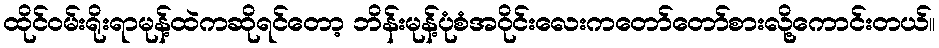
ထိုင်ဝမ်းရိုးရာမုန့်ထဲကဆိုရင်တော့ ဘိန်းမုန့်ပုံစံအဝိုင်းလေးကတော်တော်စားလို့ကောင်းတယ်။